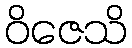
ဝိဇေသိ